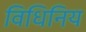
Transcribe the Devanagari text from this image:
विधिनिय